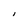
Character: I